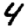
Digit: 4